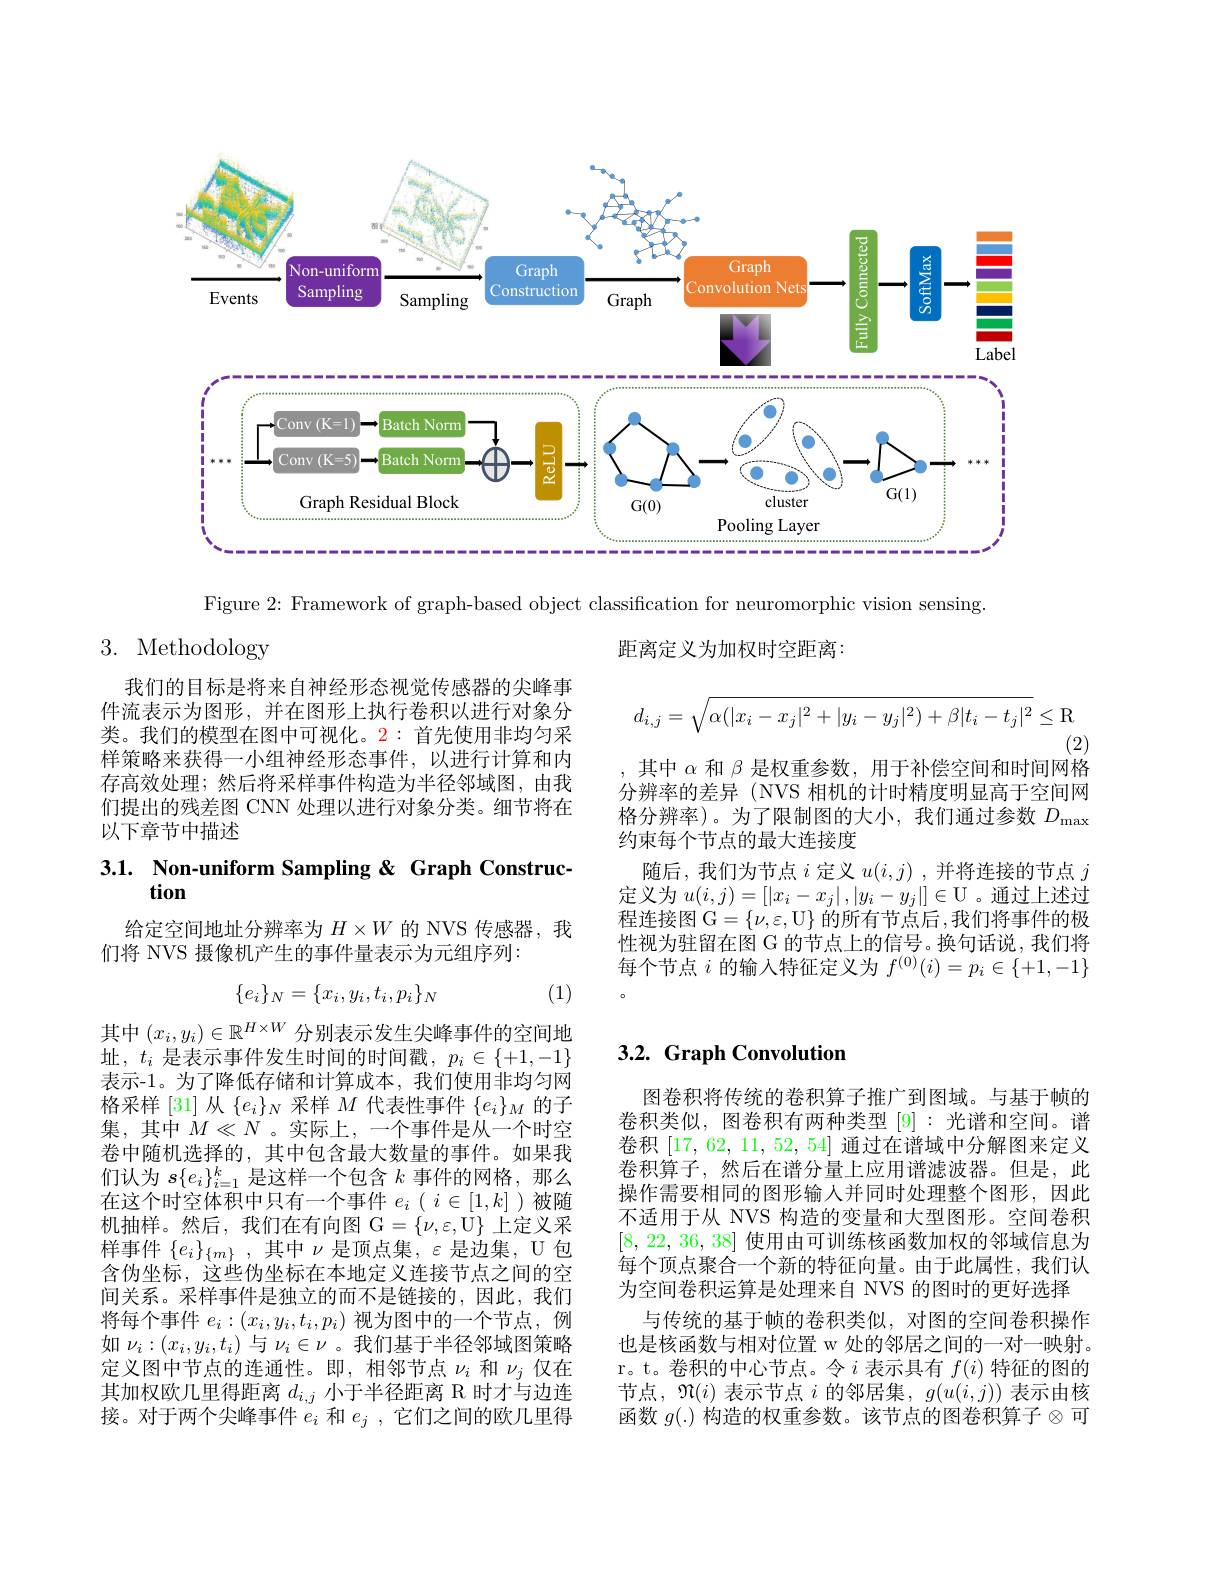
<FigureHere>

Figure 2: Framework of graph-based object classification for neuromorphic vision sensing.
3. Methodology
距离定义为加权时空距离：
$$d_{i,j}=\sqrt{\alpha(|x_i-x_j|^2+|y_i-y_j|^2)+\beta|t_i-t_j|^2}\leq\mathrm{R}$$
(2)
其中$\alpha$和$\beta$是权重参数，用于补偿空间和时间网格

我们的目标是将来自神经形态视觉传感器的尖峰事件流表示为图形，并在图形上执行卷积以进行对象分类。我们的模型在图中可视化。2: 首先使用非均匀采样策略来获得一小组神经形态事件，以进行计算和内存高效处理；然后将采样事件构造为半径邻域图，由我们提出的残差图 CNN 处理以进行对象分类。细节将在以下章节中描述

分辨率的差异(NVS 相机的计时精度明显高于空间网格分辨率)。为了限制图的大小，我们通过参数$D_\mathrm{max}$ 约束每个节点的最大连接度
随后，我们为节点$i$定义$u(i,j)$ ,并将连接的节点$j$ 定义为$u(i,j)=[|x_{i}-x_{j}|,|y_{i}-y_{j}|]\in\mathcal{U}$ 。通过上述过程连接图 G$=\{\nu,\varepsilon,\mathcal{U}\}$ 的所有节点后，我们将事件的极性视为驻留在图 G 的节点上的信号。换句话说，我们将每个节点$i$的输入特征定义为$f^(0)(i)=p_i\in\{+1,-1\}$

3.1. Non-uniform Sampling& Graph Construc-
## tion

给定空间地址分辨率为$H\times W$的 NVS 传感器，我
们将 NVS 摄像机产生的事件量表示为元组序列：
$$\{e_i\}_N=\{x_i,y_i,t_i,p_i\}_N$$
(1)

## 3.2. Graph Convolution

其中$(x_i,y_i)\in\mathbb{R}^{H\times W}$分别表示发生尖峰事件的空间地址$,t_i$ 是表示事件发生时间的时间戳$,p_i\in\{+1,-1\}$ 表示-1。为了降低存储和计算成本，我们使用非均匀网格采样 [31]从$\{e_i\}_N$采样$M$代表性事件$\{e_i\}_M$的子集，其中$M\ll N$ 。实际上，一个事件是从一个时空卷中随机选择的，其中包含最大数量的事件。如果我们认为$s\{e_i\}_{i=1}^k$是这样一个包含$k$事件的网格，那么在这个时空体积中只有一个事件$e_i(i\in[1,k]$)被随机抽样。然后，我们在有向图 G$=\{\nu,\varepsilon,\mathcal{U}\}$上定义采样事件$\{e_i\}_{\{m\}}$,其中$\nu$是顶点集，$\varepsilon$是边集，U 包含伪坐标，这些伪坐标在本地定义连接节点之间的空间关系。采样事件是独立的而不是链接的，因此，我们将每个事件$e_i:(x_i,y_i,t_i,p_i)$视为图中的一个节点，例如$\nu_i:(x_i,y_i,t_i)$与$\nu_i\in\nu$ 。我们基于半径邻域图策略定义图中节点的连通性。即，相邻节点$\nu_i$和$\nu_j$仅在其加权欧几里得距离$d_{i,j}$小于半径距离 R 时才与边连接。对于两个尖峰事件$e_i$和$e_j$,它们之间的欧几里得

图卷积将传统的卷积算子推广到图域。与基于帧的卷积类似，图卷积有两种类型[9]:光谱和空间。谱卷积[17,62,11,52,54]通过在谱域中分解图来定义卷积算子，然后在谱分量上应用谱滤波器。但是，此操作需要相同的图形输入并同时处理整个图形，因此不适用于从 NVS 构造的变量和大型图形。空间卷积[8, 22, 36, 38]使用由可训练核函数加权的邻域信息为每个顶点聚合一个新的特征向量。由于此属性，我们认为空间卷积运算是处理来自 NVS 的图时的更好选择
与传统的基于帧的卷积类似，对图的空间卷积操作也是核函数与相对位置 w 处的邻居之间的一对一映射。r。t。卷积的中心节点。令$i$表示具有$f(i)$特征的图的节点，$\mathfrak{M}(i)$表示节点$i$的邻居集，$g(u(i,j))$表示由核函数 $g(.)$ 构造的权重参数。该节点的图卷积算子$\otimes$可